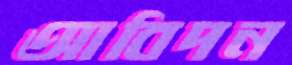
আবিদন